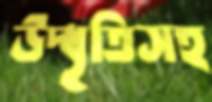
উদ্ধৃতিসহ